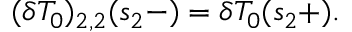
( \delta T _ { 0 } ) _ { 2 , 2 } ( s _ { 2 } - ) = \delta T _ { 0 } ( s _ { 2 } + ) .